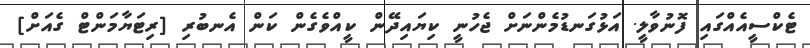
ޓެކްސީއެއްގައި ފޮނުވާލީ. އަޅުގަނޑުމެންނަށް ޖެހުނީ ކިޔައިދޭން ކީއްވެގެން ކަން އެނބުރި [ރިޓަޔާމަންޓް ގެއަށް]